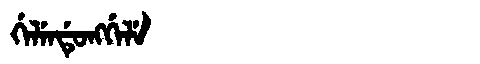
Manchu: ᡤᡝᠯᡝᠨᡩᡠᠩᡤᡝᠯᡝ
Romanization: GELENDUNGGELE